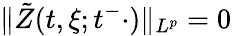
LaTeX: \| \tilde{Z}(t,\xi;t^{-}\cdot)\| _{L^{p}}=0